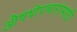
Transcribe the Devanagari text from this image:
औषधोपचारांसाठी